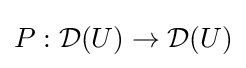
P:{\mathcal {D}}(U)\to {\mathcal {D}}(U)